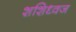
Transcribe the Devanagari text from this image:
शशिध्वज